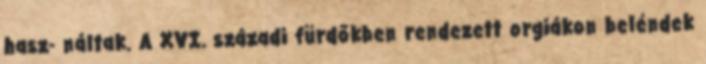
hasz- náltak. A XVI. századi fürdőkben rendezett orgiákon beléndek